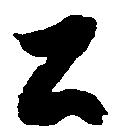
公